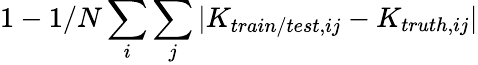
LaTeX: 1-1/N\sum_{i}\sum_{j}|K_{train/test,ij}-K_{truth,ij}|